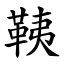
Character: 䩟